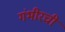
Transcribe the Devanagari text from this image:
गंभीरची